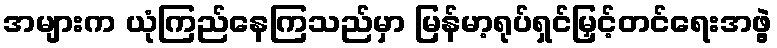
အများက ယုံကြည်နေကြသည်မှာ မြန်မာ့ရုပ်ရှင်မြှင့်တင်ရေးအဖွဲ့